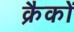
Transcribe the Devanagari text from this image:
क्रैकों